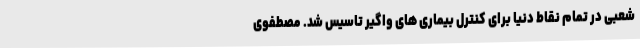
شعبی در تمام نقاط دنیا برای کنترل بیماری های واگیر تاسیس شد. مصطفوی